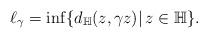
LaTeX: \begin{align*}\ell_{\gamma}=\inf\lbrace{d_{\mathbb{H}}(z,\gamma z)|\,z\in\mathbb{H}\rbrace}.\end{align*}